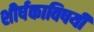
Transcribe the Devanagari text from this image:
शीर्षकाविषयी